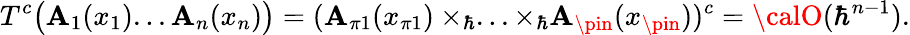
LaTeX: T^{c}\bigl(\mathbf{A}_{1}(x_{1})...\mathbf{A}_{n}(x_{n})\bigr)=(\mathbf{A}_{\pi1}(x_{\pi1})\times_{\hbar}...\times_{\hbar}\mathbf{A}_{\pin}(x_{\pin}))^{c}={\calO}(\hbar^{n-1}).